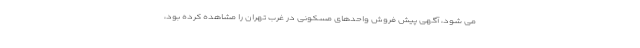
می شود، آگهی پیش فروش واحدهای مسکونی در غرب تهران را مشاهده کرده بود،